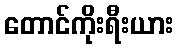
တောင်ကိုးရီးယား